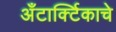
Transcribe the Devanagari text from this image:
अँटार्क्टिकाचे